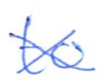
Text: to
Cross-out: cross
Writing tool: ballpoint